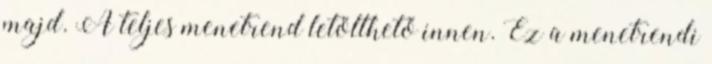
majd. A teljes menetrend letölthető innen. Ez a menetrendi